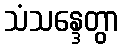
သံသန္ဒေတွာ